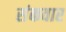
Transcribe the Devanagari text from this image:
संकवार